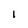
Character: l